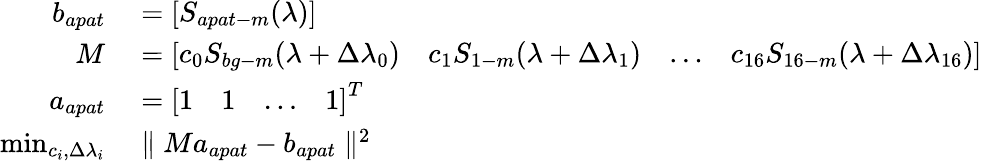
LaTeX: \begin{array}{rl}{b_{apat}}&{{}=\left[\begin{array}{l}{S_{apat-m}(\lambda)}\end{array}\right]}\\ {M}&{{}=\left[\begin{array}{llll}{c_{0}S_{bg-m}(\lambda+\Delta\lambda_{0})}&{c_{1}S_{1-m}(\lambda+\Delta\lambda_{1})}&{\ldots}&{c_{16}S_{16-m}(\lambda+\Delta\lambda_{16})}\end{array}\right]}\\ {a_{apat}}&{{}=\left[\begin{array}{llll}{1}&{1}&{\ldots}&{1}\end{array}\right]^{T}}\\ {\operatorname*{min}_{c_{i},\Delta\lambda_{i}}}&{{}\parallel Ma_{apat}-b_{apat}\parallel^{2}}\end{array}